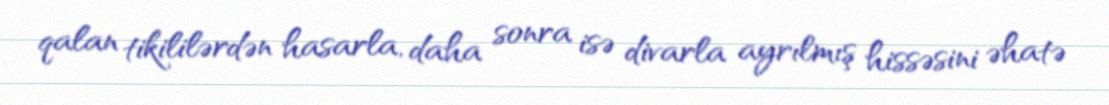
qalan tikililərdən hasarla, daha sonra isə divarla ayrılmış hissəsini əhatə